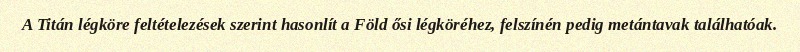
A Titán légköre feltételezések szerint hasonlít a Föld ősi légköréhez, felszínén pedig metántavak találhatóak.